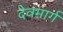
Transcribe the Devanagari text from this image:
देवमार्ग